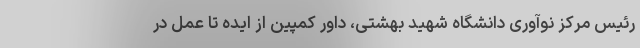
رئیس مرکز نوآوری دانشگاه شهید بهشتی، داور کمپین از ایده تا عمل در